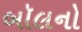
બૉલનો